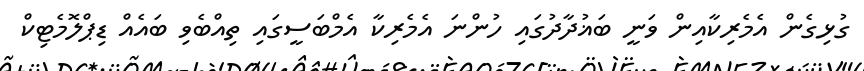
ގުޅިގެން އެމެރިކާއިން ވަނީ ބަޣުދާދުގައި ހުންނަ އެމެރިކާ އެމްބަސީގައި ތިއްބެވި ބައެއް ޑިޕްލޮމެޓިކް